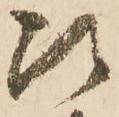
次